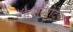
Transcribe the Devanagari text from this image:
ऍनवायरोटेक